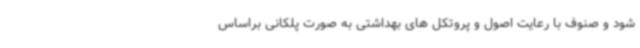
شود و صنوف با رعایت اصول و پروتکل های بهداشتی به صورت پلکانی براساس